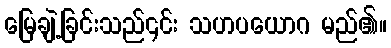
မြေချဲ့ခြင်းသည်၎င်း သဟပယောဂ မည်၏။